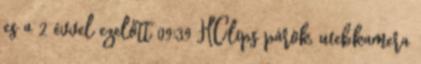
es a 2 évvel ezelőtt 09:39 HClips párok, webkamera